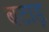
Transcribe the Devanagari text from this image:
बटाड़